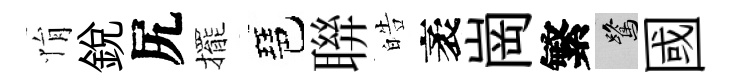
悁銳尻擺琶聨皓袤崗繁鷺國